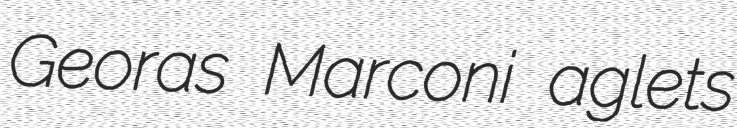
Georas Marconi aglets